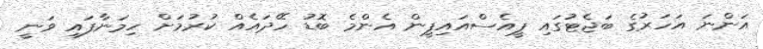
އަންނަ އަހަރުގެ ބަޖެޓުގައި ޕީއެސްއައިޕީން އެންމެ ބޮޑު ހޭދައެއް ކުރުމަށް ހިމަނާފައި ވަނީ